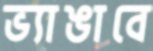
ভ্যাঙাবে